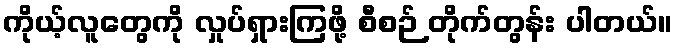
ကိုယ့်လူတွေကို လှုပ်ရှားကြဖို့ စီစဉ် တိုက်တွန်း ပါတယ်။